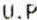
U.P